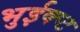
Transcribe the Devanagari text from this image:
भुईक्प्ट